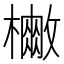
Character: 𭬡